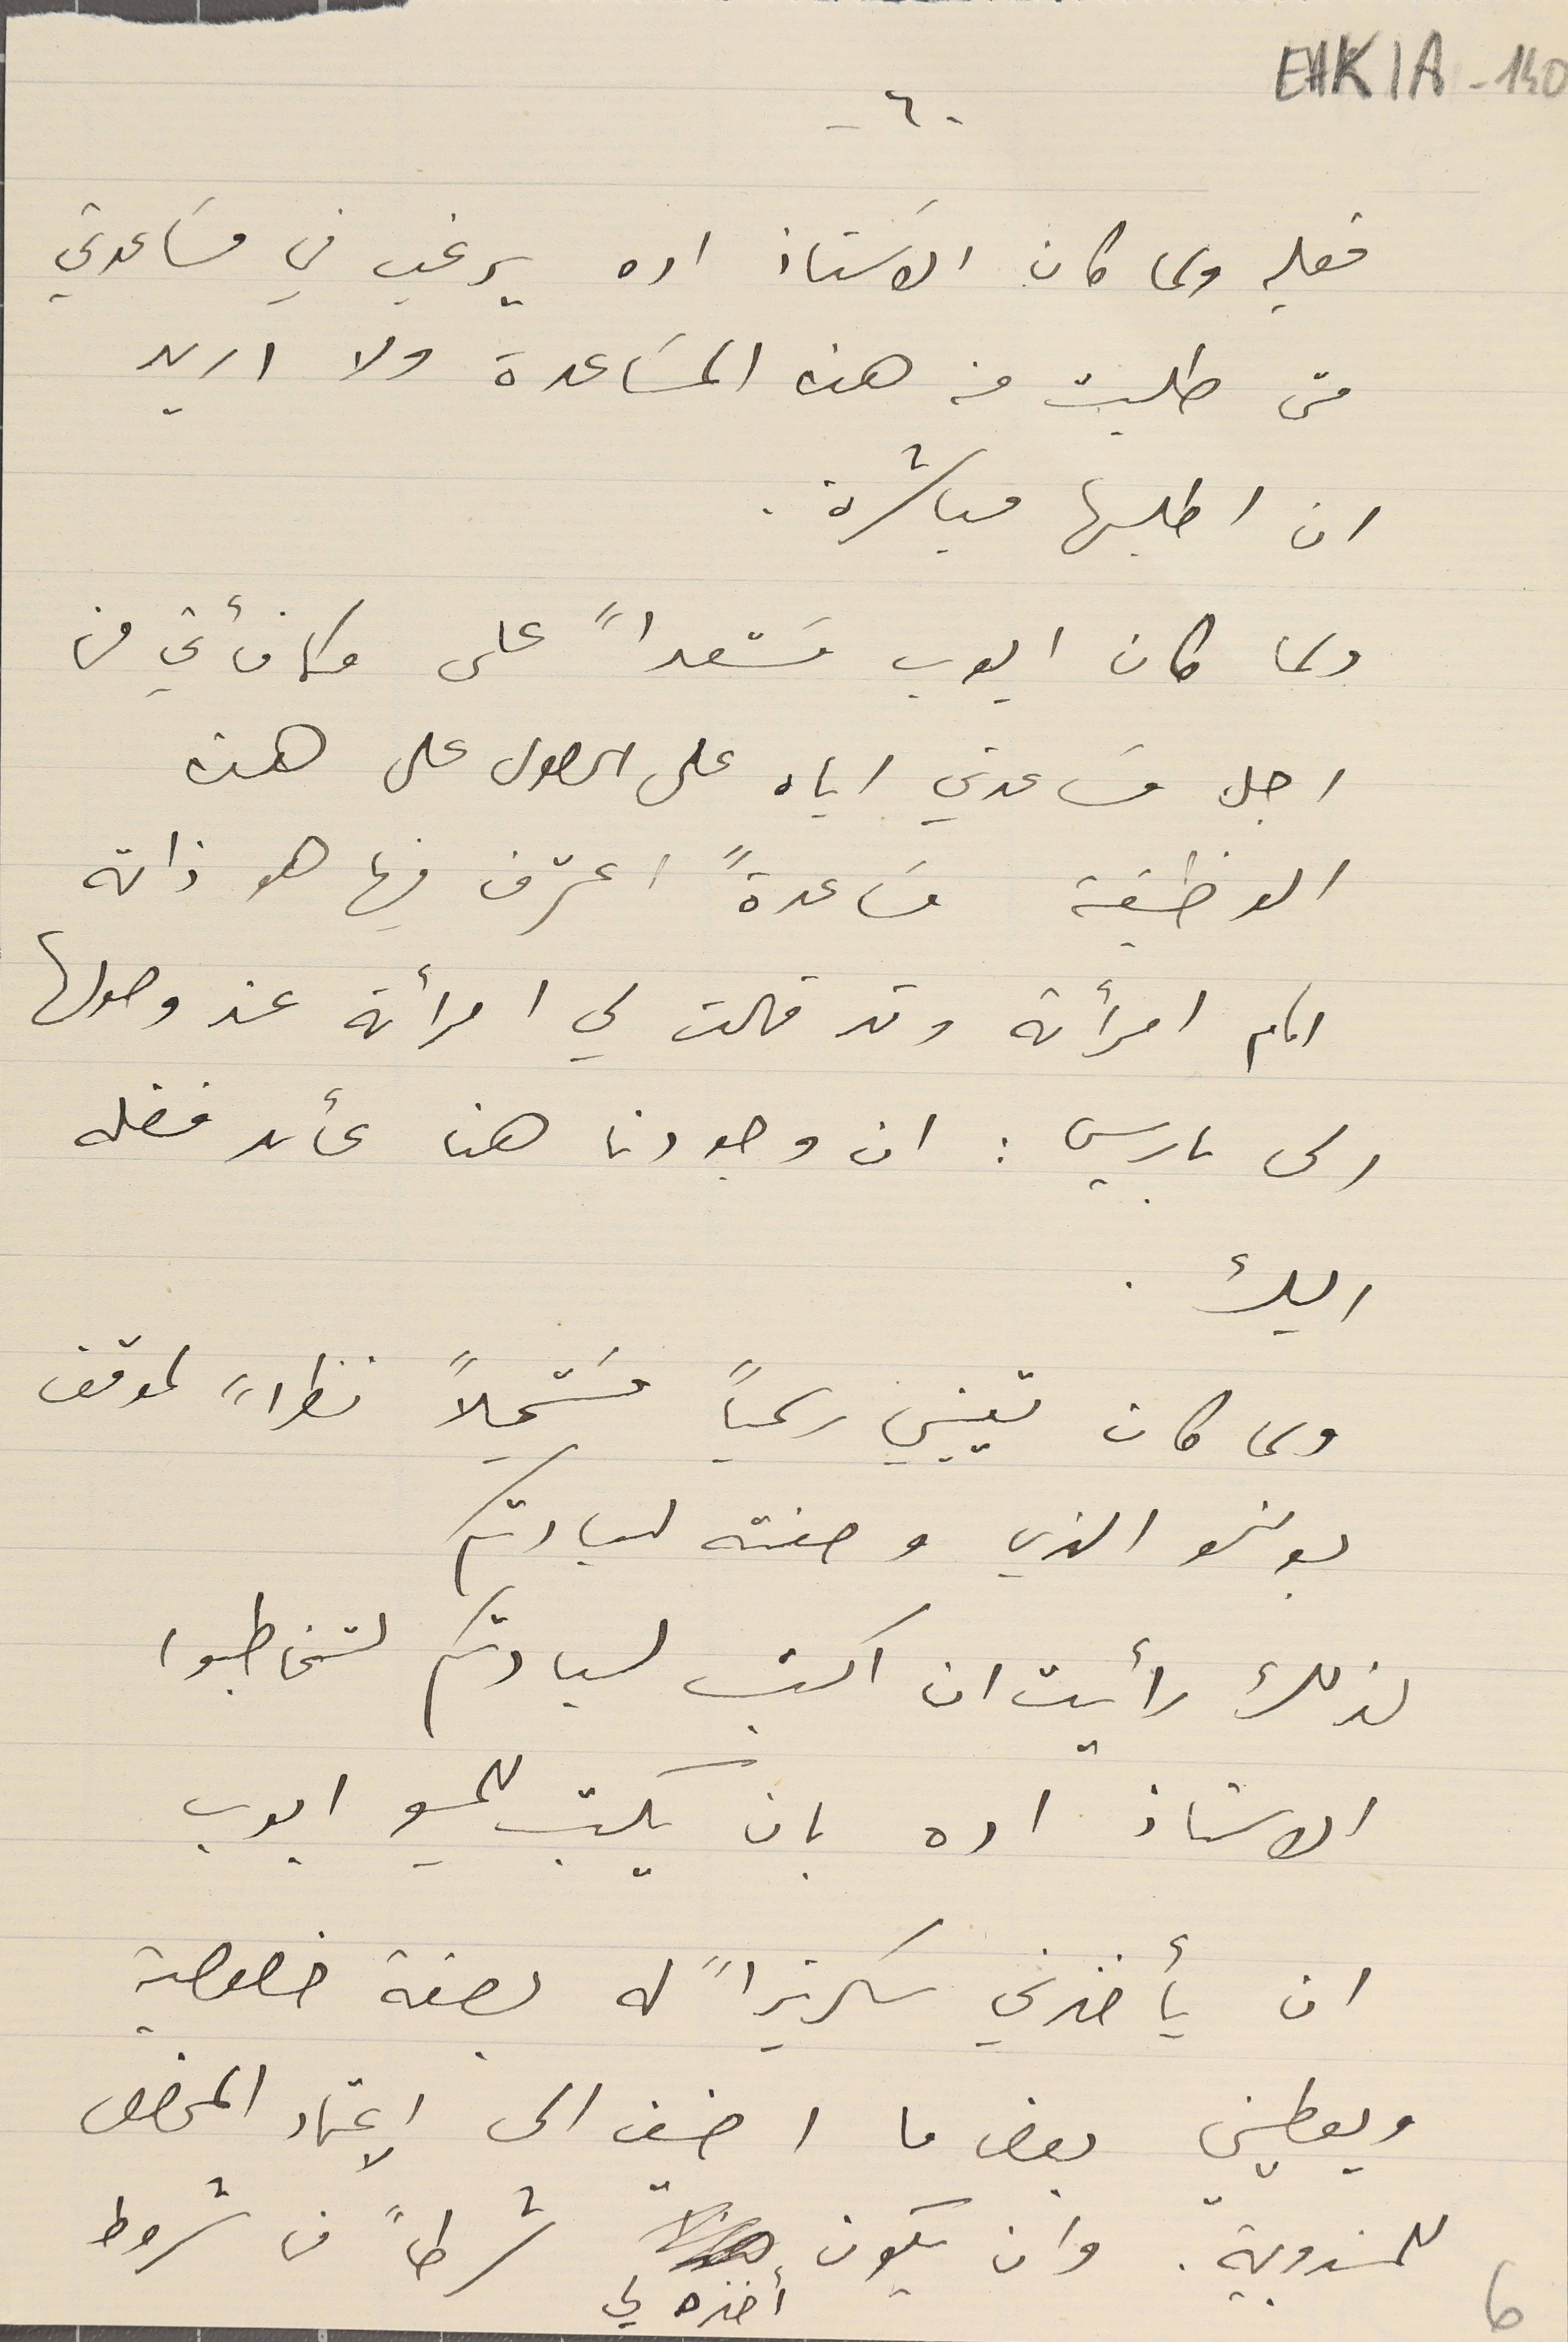
EAK1A-140
-٦-
فعليه ولما كان الاسَتاذ اده يرغب في مسَاعدتي
متى طلبت منه هذه المسَاعدة ولا اريد
ان اطلبها مباشرة.
ولما كان ايوب مسَتعداً على مكافأتي من
اجل مسَاعدتي اياه على الحصول على هذه
الوظيفة مسَاعدةً اعترف فيها هو ذاته
امام امرأته وقد قالت لي امرأته عند وصولها
الى باريس : ان وجودنا هنا عائد فضله
اليك.
ولما كان تعييني رسمياً مسَتحيلاً نظراً لموقف
بونسو الذي وصفته لسيادتكم
 لذلك رأيت ان اكتب لسيادتكم لتخاطبوا
 الاستاذ اده بان يكتب للمسيو ايوب
ان يأخذني سكرتيراً له بصفة خصوصية
ويعطيني بعض ما اضيف الى الاعتماد المخصص
للمندوبية. وان يكون أخذه لي شرطاً من شروط
6